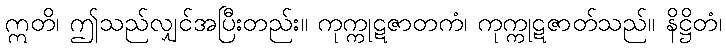
ဣတိ၊ ဤသည်လျှင်အပြီးတည်း။ ကုက္ကုဋဇာတကံ၊ ကုက္ကုဋဇာတ်သည်။ နိဋ္ဌိတံ၊